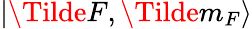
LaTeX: |\Tilde{F},\Tilde{m_{F}}\rangle